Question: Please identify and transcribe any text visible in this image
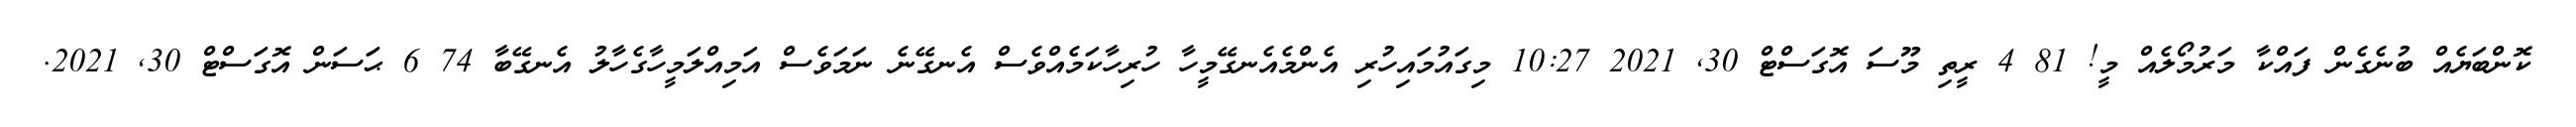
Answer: ކޮންބަޔެއް ބުނެގެން ފައްކާ މަރުމޯލެއް މީ! 81 4 ރީތި މޫސަ އޮގަސްޓް 30, 2021 10:27 މިގައުމައިހުރި އެންމެއެނގޭމީހާ ހުރިހާކަމެއްވެސް އެނގޭނެ ނަމަވެސް އަމިއްލަމީހާގެހާލު އެނގޭބާ 74 6 ޙަސަން އޮގަސްޓް 30, 2021.